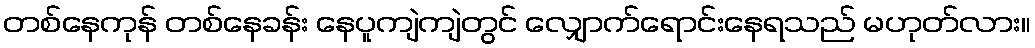
တစ်နေကုန် တစ်နေခန်း နေပူကျဲကျဲတွင် လျှောက်ရောင်းနေရသည် မဟုတ်လား။